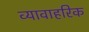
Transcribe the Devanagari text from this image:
व्यावाहरिक